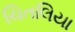
ચિતલિયા